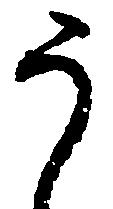
う